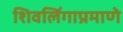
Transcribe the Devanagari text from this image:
शिवलिंगाप्रमाणे